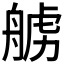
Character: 𫇛